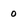
Character: 0